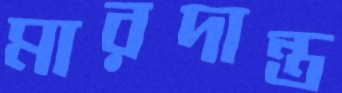
মারদান্ত